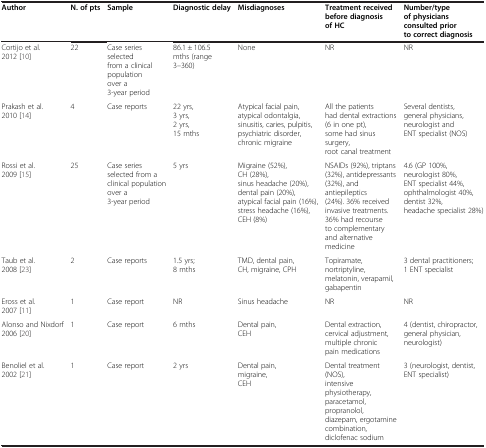
<table><thead><tr><td><b>Author</b></td><td><b>N. of pts</b></td><td><b>Sample</b></td><td><b>Diagnostic delay</b></td><td><b>Misdiagnoses</b></td><td><b>Treatment received before diagnosis of HC</b></td><td><b>Number/type of physicians consulted prior to correct diagnosis</b></td></tr></thead><tbody><tr><td>Cortijo et al. 2012 [10]</td><td>22</td><td>Case series selected from a clinical population over a 3-year period</td><td>86.1 ± 106.5 mths (range 3–360)</td><td>None</td><td>NR</td><td>NR</td></tr><tr><td>Prakash et al. 2010 [14]</td><td>4</td><td>Case reports</td><td>22 yrs, 3 yrs, 2 yrs, 15 mths</td><td>Atypical facial pain, atypical odontalgia, sinusitis, caries, pulpitis, psychiatric disorder, chronic migraine</td><td>All the patients had dental extractions (6 in one pt), some had sinus surgery, root canal treatment</td><td>Several dentists, general physicians, neurologist and ENT specialist (NOS)</td></tr><tr><td>Rossi et al. 2009 [15]</td><td>25</td><td>Case series selected from a clinical population over a 3-year period</td><td>5 yrs</td><td>Migraine (52%), CH (28%), sinus headache (20%), dental pain (20%), atypical facial pain (16%), stress headache (16%), CEH (8%)</td><td>NSAIDs (92%), triptans (32%), antidepressants (32%), and antiepileptics (24%). 36% received invasive treatments. 36% had recourse to complementary and alternative medicine</td><td>4.6 (GP 100%, neurologist 80%, ENT specialist 44%, ophthalmologist 40%, dentist 32%, headache specialist 28%)</td></tr><tr><td>Taub et al. 2008 [23]</td><td>2</td><td>Case reports</td><td>1.5 yrs; 8 mths</td><td>TMD, dental pain, CH, migraine, CPH</td><td>Topiramate, nortriptyline, melatonin, verapamil, gabapentin</td><td>3 dental practitioners; 1 ENT specialist</td></tr><tr><td>Eross et al. 2007 [11]</td><td>1</td><td>Case report</td><td>NR</td><td>Sinus headache</td><td>NR</td><td>NR</td></tr><tr><td>Alonso and Nixdorf 2006 [20]</td><td>1</td><td>Case report</td><td>6 mths</td><td>Dental pain, CEH</td><td>Dental extraction, cervical adjustment, multiple chronic pain medications</td><td>4 (dentist, chiropractor, general physician, neurologist)</td></tr><tr><td>Benoliel et al. 2002 [21]</td><td>1</td><td>Case report</td><td>2 yrs</td><td>Dental pain, migraine, CEH</td><td>Dental treatment (NOS), intensive physiotherapy, paracetamol, propranolol, diazepam, ergotamine combination, diclofenac sodium</td><td>3 (neurologist, dentist, ENT specialist)</td></tr></tbody></table>